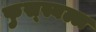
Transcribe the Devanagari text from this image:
फुस्स्बल्ल